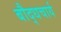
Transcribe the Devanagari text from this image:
बौद्धचार्य